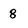
Character: 8